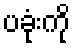
ပခုံးကို